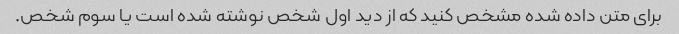
برای متن داده شده مشخص کنید که از دید اول شخص نوشته شده است یا سوم شخص.